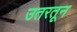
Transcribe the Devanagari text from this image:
उतरतून